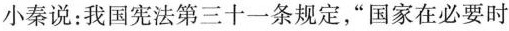
小秦说:我国宪法第三十一条规定，“国家在必要时